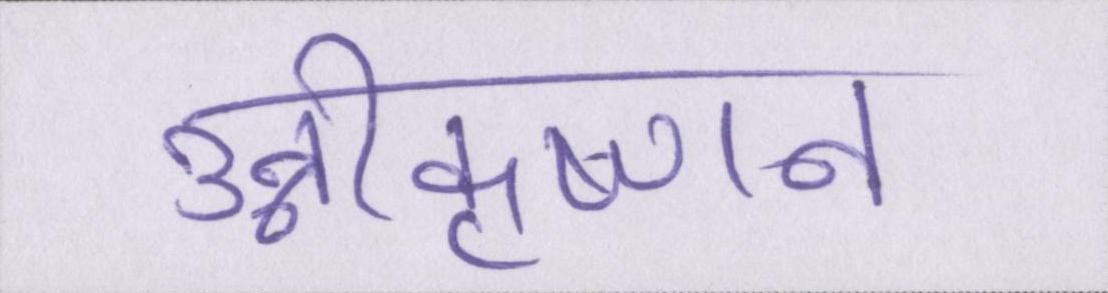
उन्नीकृष्णन